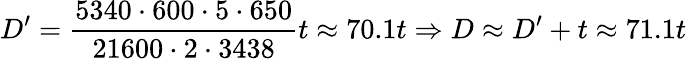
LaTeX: D^{\prime}={\frac{5340\cdot 600\cdot 5\cdot 650}{21600\cdot 2\cdot 3438}}t\approx 70.1t\Rightarrow D\approx D^{\prime}+t\approx 71.1t